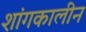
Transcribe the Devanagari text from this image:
शांगकालीन